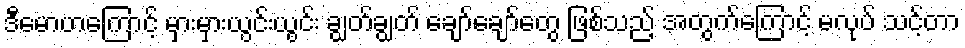
ဒီမောဟကြောင့် မှားမှားယွင်းယွင်း ချွတ်ချွတ် ချော်ချော်တွေ ဖြစ်သည့် အတွက်ကြောင့် မလုပ် သင့်တာ